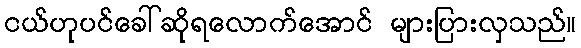
ငယ်ဟုပင်ခေါ်ဆိုရလောက်အောင် များပြားလှသည်။